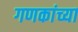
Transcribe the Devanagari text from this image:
गणकांच्या